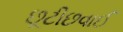
છૂટીછવાઈ